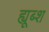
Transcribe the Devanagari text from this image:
ह्यूब्श